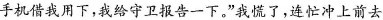
手机借我用下，我给守卫报告一下，”我慌了，连忙冲上前去